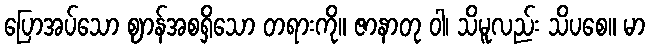
ပြောအပ်သော ဈာန်အစရှိသော တရားကို။ ဇာနာတု ဝါ၊ သိမူလည်း သိပစေ။ မာ